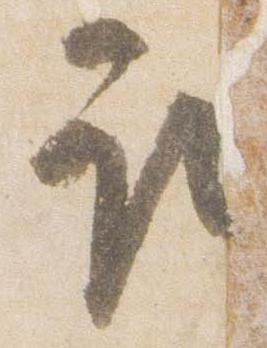
取